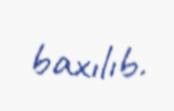
baxılıb.